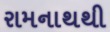
રામનાથથી